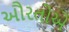
ઔરતોએ